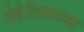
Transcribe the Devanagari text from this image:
तेहेतिसाव्या